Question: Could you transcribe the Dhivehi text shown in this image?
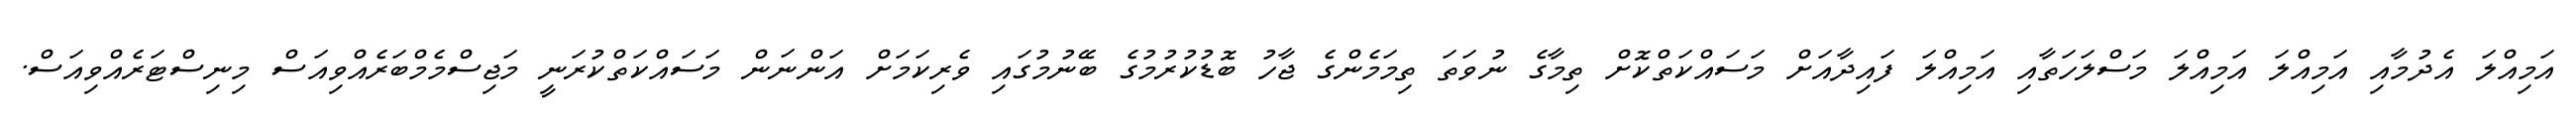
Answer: އަމިއްލަ އެދުމާއި އަމިއްލަ އަމިއްލަ މަސްލަހަތާއި އަމިއްލަ ފައިދާއަށް މަސައްކަތްކޮށް ތިމާގެ ނުވަތަ ތިމަމެންގެ ޖާހު ބޮޑުކުރުމުގެ ބޭނުމުގައި ވެރިކަމަށް އަންނަން މަސައްކަތްކުރަނީ މަޖިސްމެމްބަރެއްވިއަސް މިނިސްޓަރެއްވިއަސް.